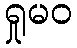
ရှုမဝ